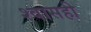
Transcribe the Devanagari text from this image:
श्‍वासही